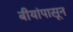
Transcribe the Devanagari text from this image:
बीयांपासून